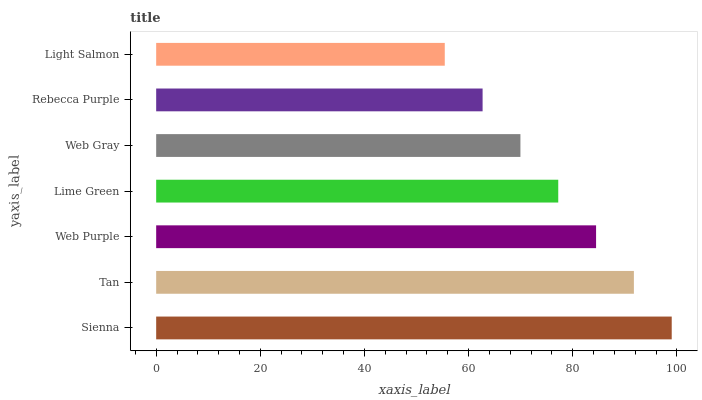
| yaxis_label | bars |
 | --- | --- |
 | Sienna | 99 |
 | Tan | 91.7 |
 | Web Purple | 84.5 |
 | Lime Green | 77.2 |
 | Web Gray | 69.9 |
 | Rebecca Purple | 62.7 |
 | Light Salmon | 55.4 |